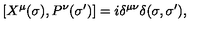
[ X ^ { \mu } ( \sigma ) , P ^ { \nu } ( \sigma ^ { \prime } ) ] = i \delta ^ { \mu \nu } \delta ( \sigma , \sigma ^ { \prime } ) ,